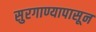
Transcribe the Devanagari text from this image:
सुरगाण्यापासून